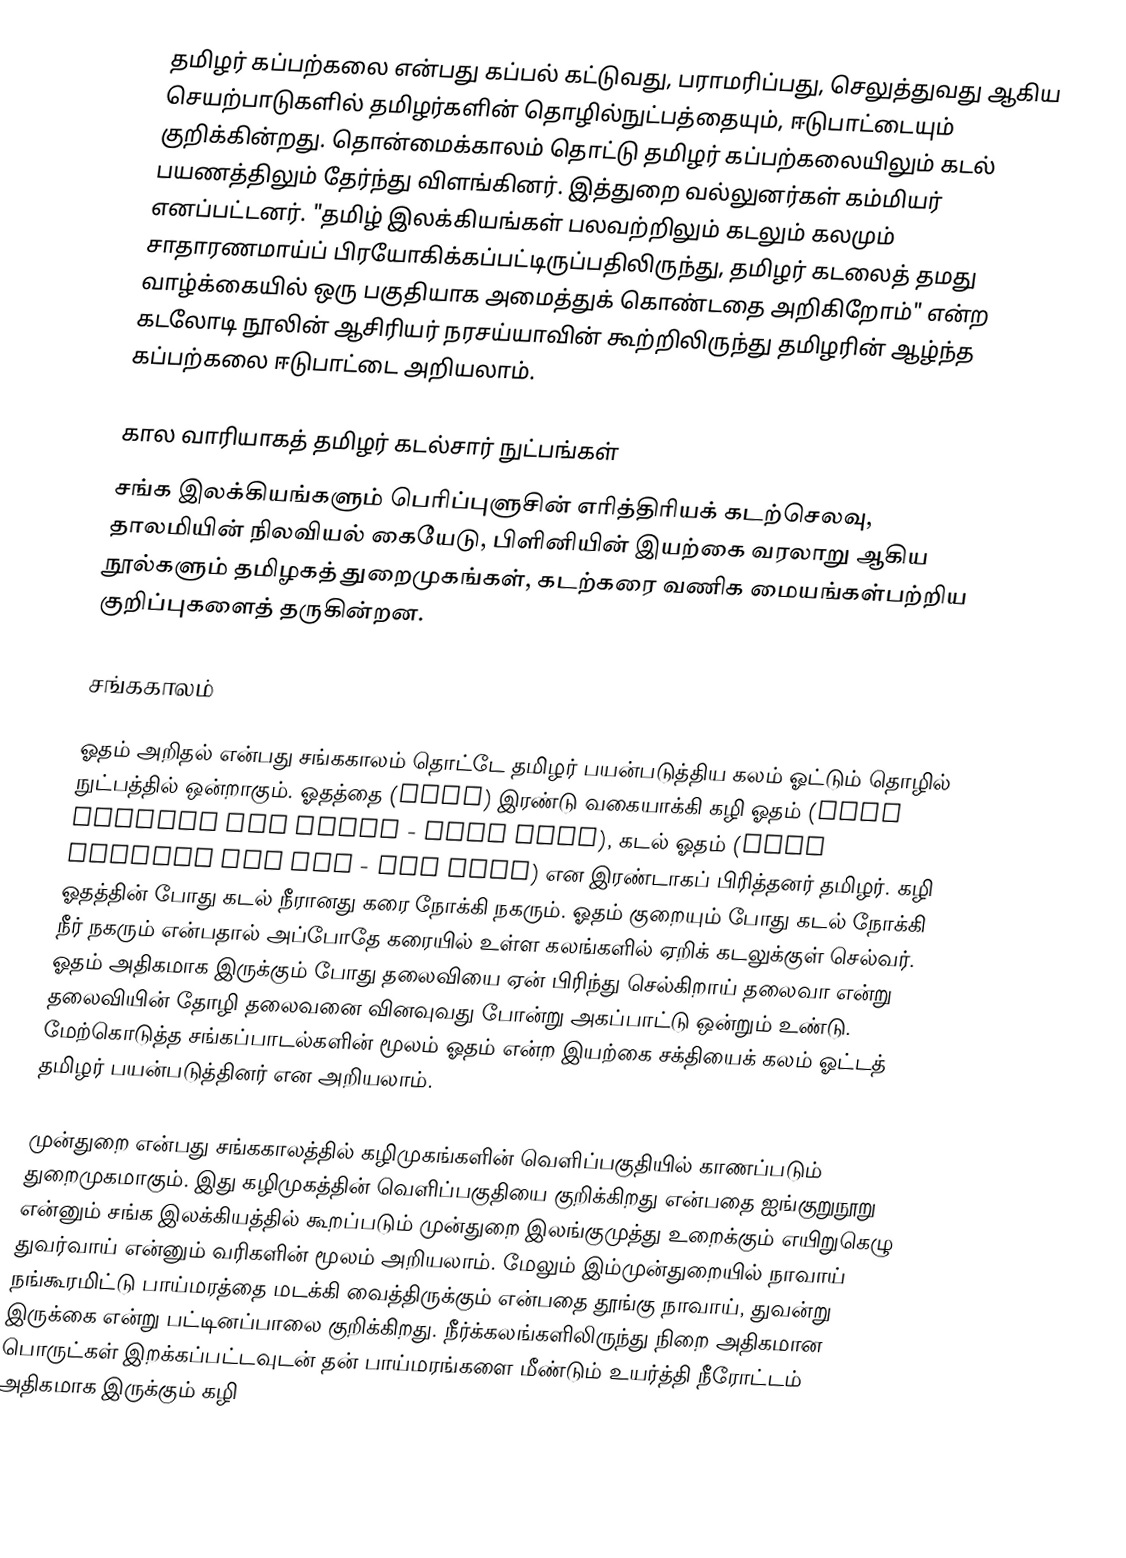
தமிழர் கப்பற்கலை என்பது கப்பல் கட்டுவது, பராமரிப்பது, செலுத்துவது ஆகிய செயற்பாடுகளில் தமிழர்களின் தொழில்நுட்பத்தையும், ஈடுபாட்டையும் குறிக்கின்றது.  தொன்மைக்காலம் தொட்டு தமிழர் கப்பற்கலையிலும் கடல் பயணத்திலும் தேர்ந்து விளங்கினர். இத்துறை வல்லுனர்கள் கம்மியர் எனப்பட்டனர். "தமிழ் இலக்கியங்கள் பலவற்றிலும் கடலும் கலமும் சாதாரணமாய்ப் பிரயோகிக்கப்பட்டிருப்பதிலிருந்து, தமிழர் கடலைத் தமது வாழ்க்கையில் ஒரு பகுதியாக அமைத்துக் கொண்டதை அறிகிறோம்" என்ற கடலோடி நூலின் ஆசிரியர் நரசய்யாவின் கூற்றிலிருந்து தமிழரின் ஆழ்ந்த கப்பற்கலை ஈடுபாட்டை அறியலாம்.

கால வாரியாகத் தமிழர் கடல்சார் நுட்பங்கள்
சங்க இலக்கியங்களும் பெரிப்புளுசின் எரித்திரியக் கடற்செலவு, தாலமியின் நிலவியல் கையேடு, பிளினியின் இயற்கை வரலாறு ஆகிய நூல்களும் தமிழகத் துறைமுகங்கள், கடற்கரை வணிக மையங்கள்பற்றிய குறிப்புகளைத் தருகின்றன.

சங்ககாலம்

ஓதம் அறிதல் என்பது சங்ககாலம் தொட்டே தமிழர் பயன்படுத்திய கலம் ஓட்டும் தொழில் நுட்பத்தில் ஒன்றாகும். ஓதத்தை (Tide) இரண்டு வகையாக்கி கழி ஓதம் (Tide towards the Shore - High tide), கடல் ஓதம் (Tide towards the Sea - Low Tide) என இரண்டாகப் பிரித்தனர் தமிழர். கழி ஓதத்தின் போது கடல் நீரானது கரை நோக்கி நகரும். ஓதம் குறையும் போது கடல் நோக்கி நீர் நகரும் என்பதால் அப்போதே கரையில் உள்ள கலங்களில் ஏறிக் கடலுக்குள் செல்வர். ஓதம் அதிகமாக இருக்கும் போது தலைவியை ஏன் பிரிந்து செல்கிறாய் தலைவா என்று தலைவியின் தோழி தலைவனை வினவுவது போன்று அகப்பாட்டு ஒன்றும் உண்டு. மேற்கொடுத்த சங்கப்பாடல்களின் மூலம் ஓதம் என்ற இயற்கை சக்தியைக் கலம் ஓட்டத் தமிழர் பயன்படுத்தினர் என அறியலாம்.

முன்துறை என்பது சங்ககாலத்தில் கழிமுகங்களின் வெளிப்பகுதியில் காணப்படும் துறைமுகமாகும். இது கழிமுகத்தின் வெளிப்பகுதியை குறிக்கிறது என்பதை ஐங்குறுநூறு என்னும் சங்க இலக்கியத்தில் கூறப்படும் முன்துறை இலங்குமுத்து உறைக்கும் எயிறுகெழு துவர்வாய் என்னும் வரிகளின் மூலம் அறியலாம். மேலும் இம்முன்துறையில் நாவாய் நங்கூரமிட்டு பாய்மரத்தை மடக்கி வைத்திருக்கும் என்பதை தூங்கு நாவாய், துவன்று இருக்கை என்று பட்டினப்பாலை குறிக்கிறது. நீர்க்கலங்களிலிருந்து நிறை அதிகமான பொருட்கள் இறக்கப்பட்டவுடன் தன் பாய்மரங்களை மீண்டும் உயர்த்தி நீரோட்டம் அதிகமாக இருக்கும் கழி